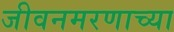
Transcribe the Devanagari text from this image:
जीवनमरणाच्या